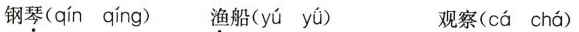
钢琴( qínq íng ) 渔船( yú yǘ ) 观察( cá chá )